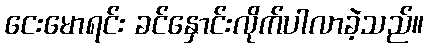
ငေးမောရင်း ခင်နှောင်းလိုက်ပါလာခဲ့သည်။